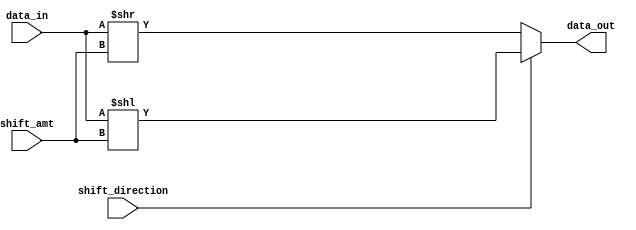
module barrel_shifter (
    input wire [7:0] data_in,
    input wire [2:0] shift_amt,
    input wire shift_direction, // 0 for right, 1 for left
    output wire [7:0] data_out
);

assign data_out = (shift_direction == 1) ? (data_in << shift_amt) : (data_in >> shift_amt);

endmodule